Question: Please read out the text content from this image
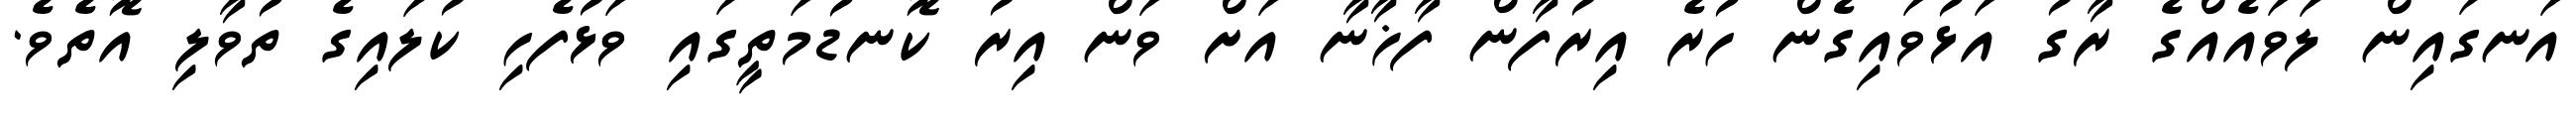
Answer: އަނގައިން ލަވައެއްގެ ރާގު އަޅުވައިގެން ހުރެ އިރުފާން ފާޚާނާ އަށް ވަން އިރު ކޮނޑުމަތީގައި ވަޅުފެހި ކުލައިގެ ތުވާލި އޮތެވެ.